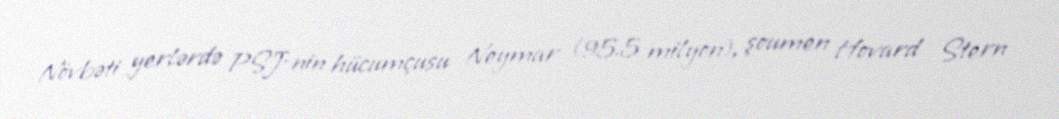
Növbəti yerlərdə PSJ-nin hücumçusu Neymar (95.5 milyon), şoumen Hovard Stern